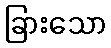
ခြားသော